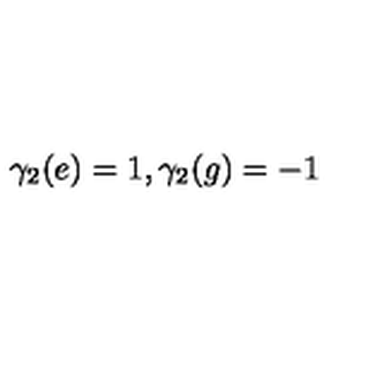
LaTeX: \gamma _ { 2 } ( e ) = 1 , \gamma _ { 2 } ( g ) = - 1